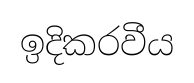
ඉදිකරවීය